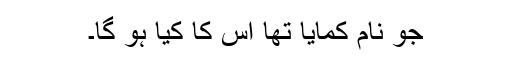
جو نام کمایا تھا اس کا کیا ہو گا۔